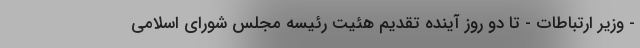
- وزیر ارتباطات - تا دو روز آینده تقدیم هئیت رئیسه مجلس شورای اسلامی